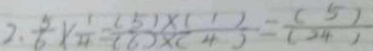
2 . \frac { 5 } { 6 } \times \frac { 1 } { 4 } = \frac { ( 5 ) \times ( 1 ) } { ( 6 ) \times ( 4 ) } = \frac { ( 5 ) } { ( 2 4 ) }